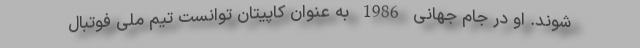
شوند. او در جام جهانی 1986 به عنوان کاپیتان توانست تیم ملی فوتبال